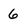
Character: 6